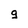
Character: g